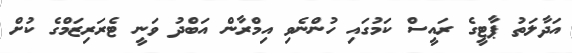
އަދާލަތު ޕާޓީގެ ރައީސް ކަމުގައި ހުންނެވި އިމްރާން އަބްދު ވަނީ ޓެރަރިޒަމްގެ ކުށް